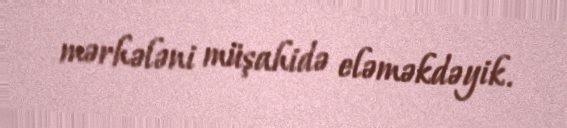
mərhələni müşahidə eləməkdəyik.